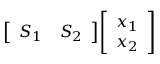
{ \left[ \begin{array} { l l } { S _ { 1 } } & { S _ { 2 } } \end{array} \right] } { \left[ \begin{array} { l } { x _ { 1 } } \\ { x _ { 2 } } \end{array} \right] }